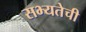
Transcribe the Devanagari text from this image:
सभ्यतेची